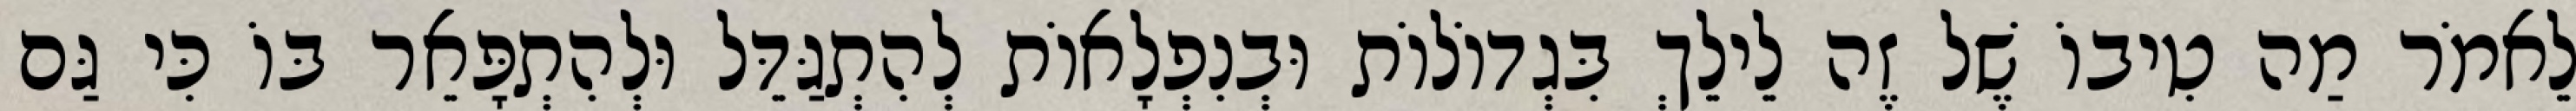
לֵאמֹר מַה טִיבוֹ שֶׁל זֶה לֵילֵךְ בִּגְדוֹלוֹת וּבְנִפְלָאוֹת לְהִתְגַּדֵּל וּלְהִתְפָּאֵר בּוֹ כִּי גַּם